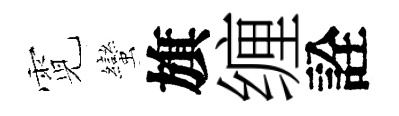
霓蠻旗缠詮